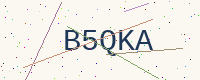
Text: B5QKA